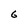
Character: 6